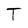
Character: T